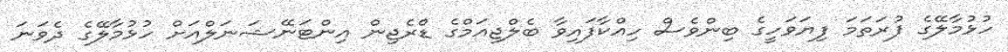
ހުޅުމާލޭގެ ފުރަތަމަ ފިޔަވަހީގެ ބިންވެސް ހިއްކާފައިވާ ބެލްޖިއަމްގެ ޑްރެޖިން އިންޓަނޭޝަނަލްއަށް ހުޅުމާލޭގެ ދެވަނަ